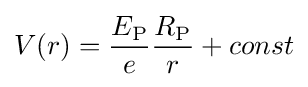
V(r)={\frac {E_{\textrm {P}}}{e}}{\frac {R_{\textrm {P}}}{r}}+const